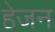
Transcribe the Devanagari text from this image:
हेजन